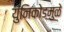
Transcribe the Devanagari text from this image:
युनिकोडमुळे